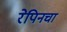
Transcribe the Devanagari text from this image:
रेपिनचा